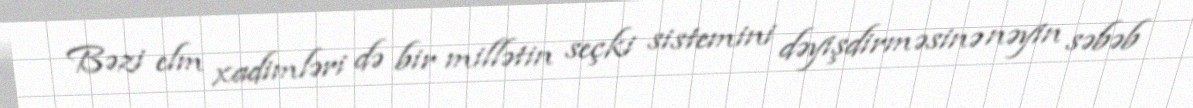
Bəzi elm xadimləri də bir millətin seçki sistemini dəyişdirməsinə nəyin səbəb